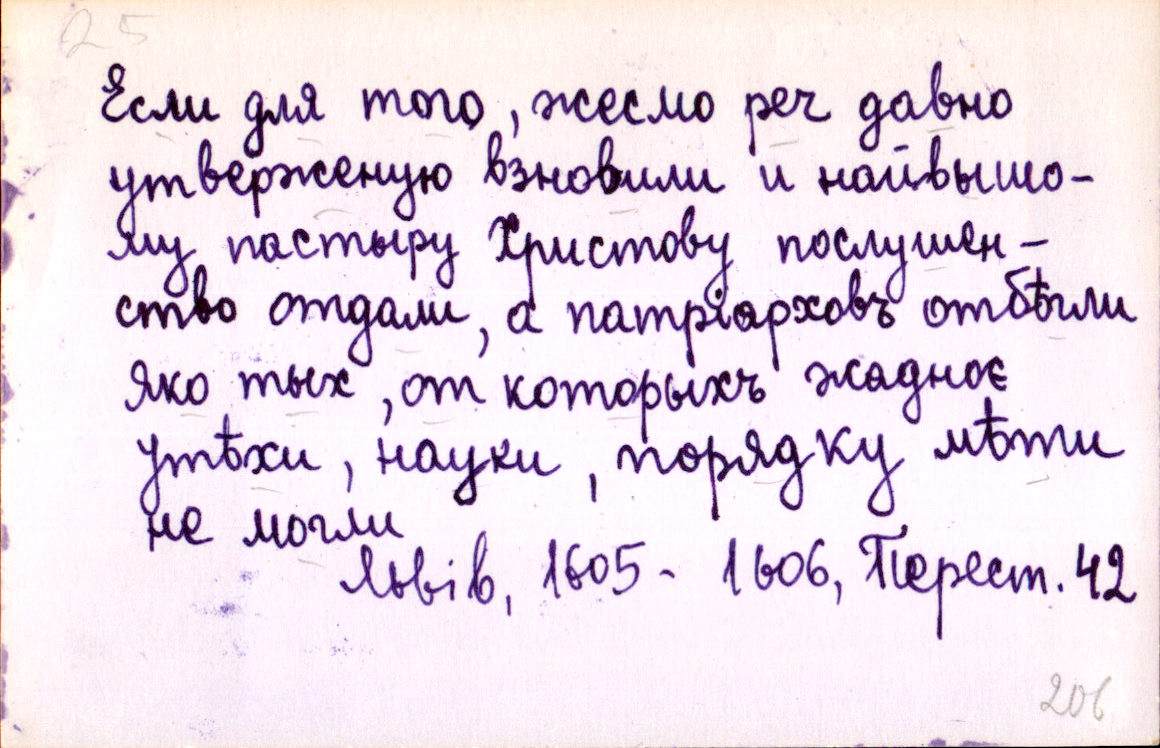
Если для того, жесмо реч давно
утверженую взновили и найвышо-
му пастыру Христову послушен-
ство отдали, а патріарховъ отбѣгли
яко тых, от которыхъ жадноє
утѣхи, науки, порядку мѣти
не могли
Львів, 1605-1606, Перест. 42